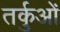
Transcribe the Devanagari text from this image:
तर्कुओं